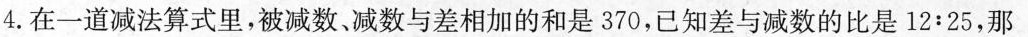
4.在一道减法算式里，被减数、减数与差相加的和是370，已知差与减数的比是12:25，那